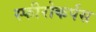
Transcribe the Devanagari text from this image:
स्फीरोकर्पस